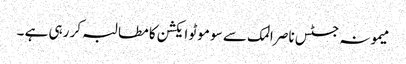
میمونہ جسٹس ناصر المک سے سو موٹو ایکشن کا مطالبہ کر رہی ہے ۔